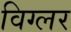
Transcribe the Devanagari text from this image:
विग्लर